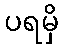
ပရမှိ